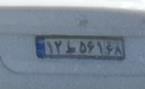
۱۲ط۵۶۱۶۸